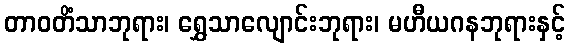
တာဝတိံသာဘုရား၊ ရွှေသာလျောင်းဘုရား၊ မဟီယဂနဘုရားနှင့်